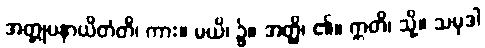
အတ္တုပနာယိတံတိ၊ ကား။ မယိ၊ ၌။ အတ္ထိ၊ ၏။ ဣတိ၊ သို့။ သမုဒါ